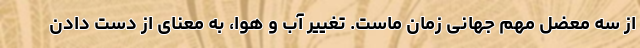
از سه معضل مهم جهانی زمان ماست. تغییر آب و هوا، به معنای از دست دادن